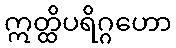
ဣတ္ထိပရိဂ္ဂဟော